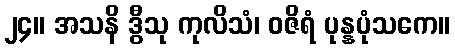
၂၄။ အသနိ ဒွီသု ကုလိသံ၊ ဝဇိရံ ပုန္နပုံသကေ။